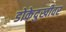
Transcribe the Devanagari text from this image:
डोकेदुखीवर